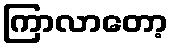
ကြာလာတော့